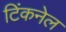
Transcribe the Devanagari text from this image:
टिंकनेल